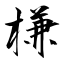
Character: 槏